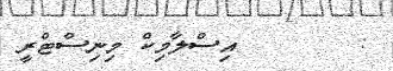
:        އިސްލާމިކް މިނިސްޓްރީ